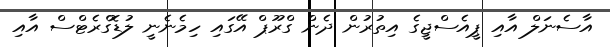
އާސެނަލް އާއި ޕީއެސްޖީގެ އިތުރުން ދެން ގްރޫޕް އޭގައި ހިމެނެނީ ލުޑޮގްރެޓްސް އާއި